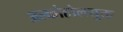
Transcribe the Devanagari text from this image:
अल्कोहोलयुक्त